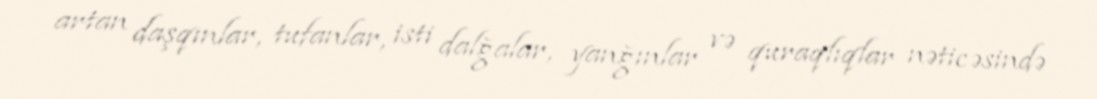
artan daşqınlar, tufanlar, isti dalğalar, yanğınlar və quraqlıqlar nəticəsində